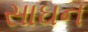
સાઘન